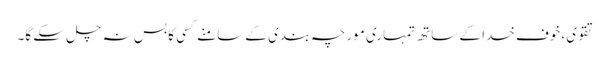
تقوی، خوفِ خدا کے ساتھ تمہاری مورچہ بندی کے سامنے کسی کا بس نہ چل سکے گا۔